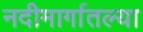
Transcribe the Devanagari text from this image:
नदीमार्गातल्या